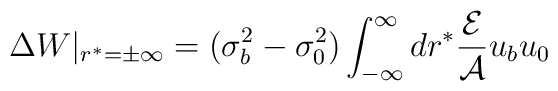
\Delta W|_{r^*=\pm \infty} =(\sigma_b^2 - \sigma_0^2) \int_{-\infty}^{\infty}dr^{*} \frac{{\cal E}}{{\cal A}}u_bu_0